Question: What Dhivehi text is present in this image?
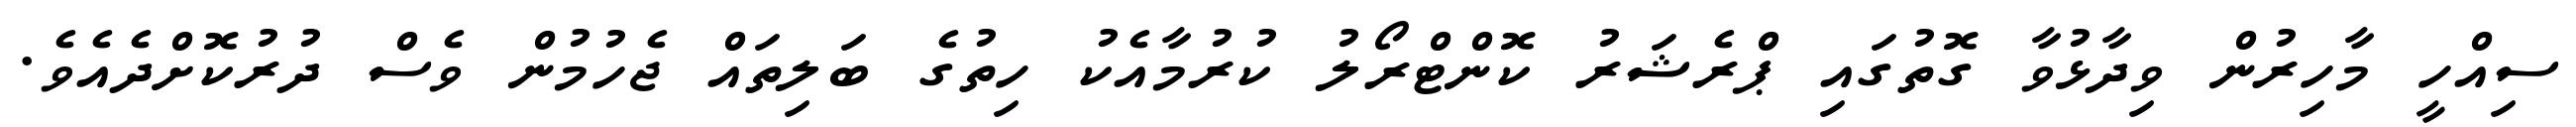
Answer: ސިއްހީ މާހިރުން ވިދާޅުވާ ގޮތުގައި ޕްރެޝަރު ކޮންޓްރޯލު ކުރުމާއެކު ހިތުގެ ބަލިތައް ޖެހުމުން ވެސް ދުރުކޮށްދެއެވެ.